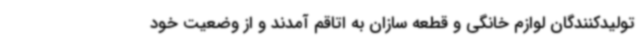
تولیدکنندگان لوازم خانگی و قطعه سازان به اتاقم آمدند و از وضعیت خود